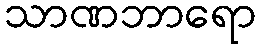
သာဏဘာရော